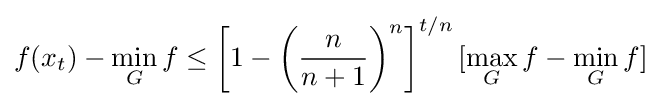
f(x_{t})-\min _{G}f\leq \left[1-\left({\frac {n}{n+1}}\right)^{n}\right]^{t/n}[\max _{G}f-\min _{G}f]